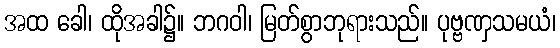
အထ ခေါ၊ ထိုအခါ၌။ ဘဂဝါ၊ မြတ်စွာဘုရားသည်။ ပုဗ္ဗဏှသမယံ၊